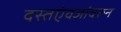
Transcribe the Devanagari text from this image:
दस्तऐवजांवरून